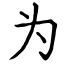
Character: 为